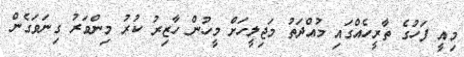
މިއީ ފަހުގެ ތާރީހެއްގައި މުއްދަތު މަޖިލީހަށް މީހުން ހާޒިރު ކުރު މިންވަރު ގިނަވަގެން